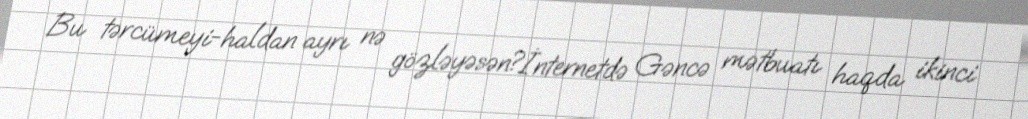
Bu tərcümeyi-haldan ayrı nə gözləyəsən?İnternetdə Gəncə mətbuatı haqda ikinci